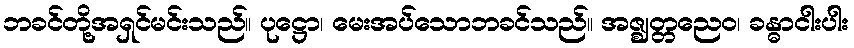
ဘခင်တို့အရှင်မင်းသည်။ ပုဋ္ဌော၊ မေးအပ်သောဘခင်သည်။ အဇ္ဈတ္တညေဝ၊ ခန္ဓာငါးပါး